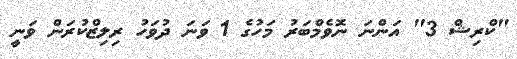
"ކްރިޝް 3" އަންނަ ނޮވެމްބަރު މަހުގެ 1 ވަނަ ދުވަހު ރިލިޒްކުރަން ވަނީ